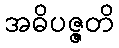
အဓိပဇ္ဇတိ